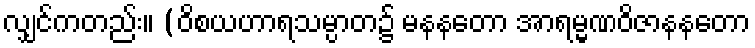
လျှင်ကတည်း။ (ဝိစယဟာရသမ္ပာတ၌ မနနတော အာရမ္မဏဝိဇာနနတော